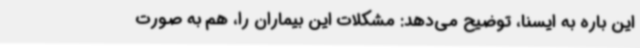
این باره به ایسنا، توضیح می‌دهد: مشکلات این بیماران را، هم به صورت